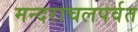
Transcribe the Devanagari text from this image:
मन्दराचलपर्वत